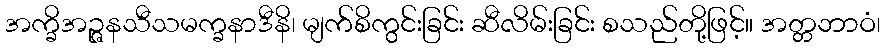
အက္ခိအဉ္ဇနသီသမက္ခနာဒီနိ၊ မျက်စိကွင်းခြင်း ဆီလိမ်းခြင်း စသည်တို့ဖြင့်။ အတ္တဘာဝံ၊